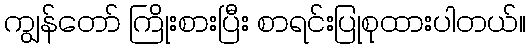
ကျွန်တော် ကြိုးစားပြီး စာရင်းပြုစုထားပါတယ်။